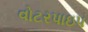
વોટરપાઇપ